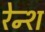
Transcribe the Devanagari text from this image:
रेन्श